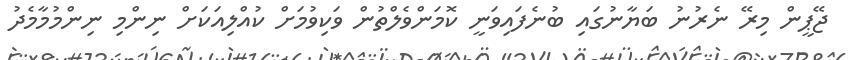
ޖޭޕީން މިރޭ ނެރުނު ބަޔާނުގައި ބުނެފައިވަނީ ކޮމަންވެލްތުން ވަކިވުމަށް ކުއްލިއަކަށް ނިންމި ނިންމުމާމެދު